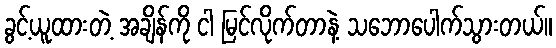
ခွင့်ယူထားတဲ့ အချိန်ကို ငါ မြင်လိုက်တာနဲ့ သဘောပေါက်သွားတယ်။